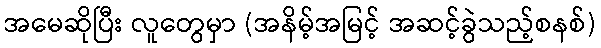
အမေဆိုပြီး လူတွေမှာ (အနိမ့်အမြင့် အဆင့်ခွဲသည့်စနစ်)